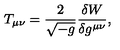
T _ { \mu \nu } = \frac { 2 } { \sqrt { - g } } \frac { \delta W } { \delta g ^ { \mu \nu } } ,